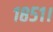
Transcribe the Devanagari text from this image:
१८५१।